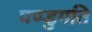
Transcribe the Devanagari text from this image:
पण्डुगति